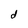
Character: d